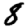
Digit: 8